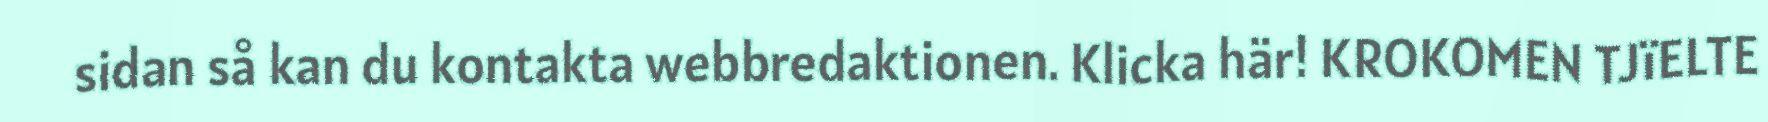
sidan så kan du kontakta webbredaktionen. Klicka här! KROKOMEN TJïELTE